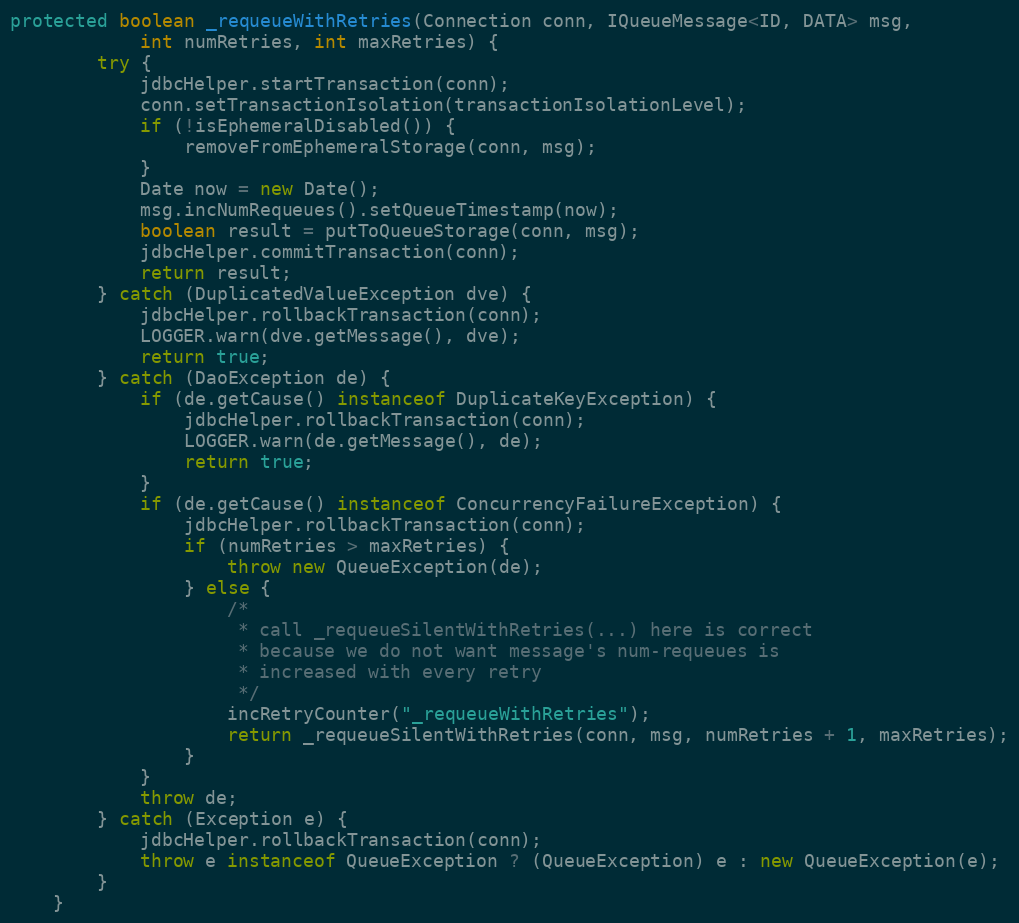
Language: Java
protected boolean _requeueWithRetries(Connection conn, IQueueMessage<ID, DATA> msg,
            int numRetries, int maxRetries) {
        try {
            jdbcHelper.startTransaction(conn);
            conn.setTransactionIsolation(transactionIsolationLevel);
            if (!isEphemeralDisabled()) {
                removeFromEphemeralStorage(conn, msg);
            }
            Date now = new Date();
            msg.incNumRequeues().setQueueTimestamp(now);
            boolean result = putToQueueStorage(conn, msg);
            jdbcHelper.commitTransaction(conn);
            return result;
        } catch (DuplicatedValueException dve) {
            jdbcHelper.rollbackTransaction(conn);
            LOGGER.warn(dve.getMessage(), dve);
            return true;
        } catch (DaoException de) {
            if (de.getCause() instanceof DuplicateKeyException) {
                jdbcHelper.rollbackTransaction(conn);
                LOGGER.warn(de.getMessage(), de);
                return true;
            }
            if (de.getCause() instanceof ConcurrencyFailureException) {
                jdbcHelper.rollbackTransaction(conn);
                if (numRetries > maxRetries) {
                    throw new QueueException(de);
                } else {
                    /*
                     * call _requeueSilentWithRetries(...) here is correct
                     * because we do not want message's num-requeues is
                     * increased with every retry
                     */
                    incRetryCounter("_requeueWithRetries");
                    return _requeueSilentWithRetries(conn, msg, numRetries + 1, maxRetries);
                }
            }
            throw de;
        } catch (Exception e) {
            jdbcHelper.rollbackTransaction(conn);
            throw e instanceof QueueException ? (QueueException) e : new QueueException(e);
        }
    }